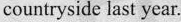
countryside last year.